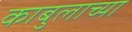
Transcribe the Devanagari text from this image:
काबुलाच्या